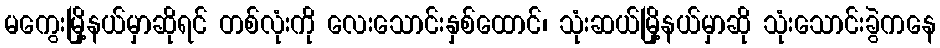
မကွေးမြို့နယ်မှာဆိုရင် တစ်လုံးကို လေးသောင်းနှစ်ထောင်၊ သုံးဆယ်မြို့နယ်မှာဆို သုံးသောင်းခွဲကနေ